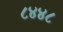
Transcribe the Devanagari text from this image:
८४४८